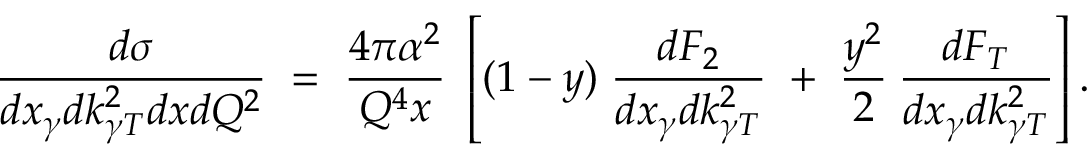
\frac { d \sigma } { d x _ { \gamma } d k _ { \gamma T } ^ { 2 } d x d Q ^ { 2 } } \; = \; \frac { 4 \pi \alpha ^ { 2 } } { Q ^ { 4 } x } \; \left[ ( 1 - y ) \; \frac { d F _ { 2 } } { d x _ { \gamma } d k _ { \gamma T } ^ { 2 } } \; + \; \frac { y ^ { 2 } } { 2 } \: \frac { d F _ { T } } { d x _ { \gamma } d k _ { \gamma T } ^ { 2 } } \right] .